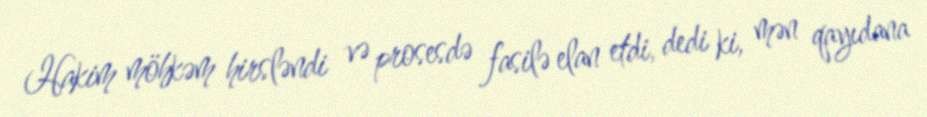
Hakim möhkəm hirsləndi və prosesdə fasilə elan etdi, dedi ki, mən qayıdana